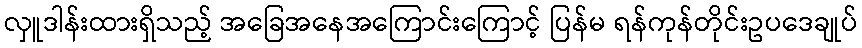
လှူဒါန်းထားရှိသည့် အခြေအနေအကြောင်းကြောင့် ပြန်မ ရန်ကုန်တိုင်းဥပဒေချုပ်